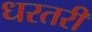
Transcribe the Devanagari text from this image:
धरतरी